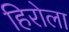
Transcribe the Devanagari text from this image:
हिरोला